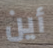
أين